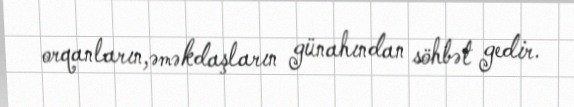
orqanların,əməkdaşların günahından söhbət gedir.